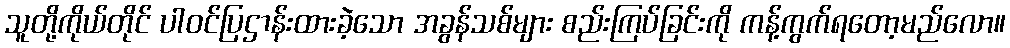
သူတို့ကိုယ်တိုင် ပါဝင်ပြဌာန်းထားခဲ့သော အခွန်သစ်များ စည်းကြပ်ခြင်းကို ကန့်ကွက်ရတော့မည်လော။